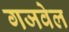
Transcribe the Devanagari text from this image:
गजवेल